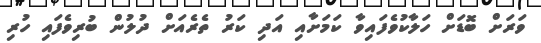
ވަރަށް ބޮޑަށް ހަލާކުވެފައިވާ ކަމަށާއި އަދި ކަރު ތެރެއަށް ދުލުން ބުރިވެފައި ހުރި